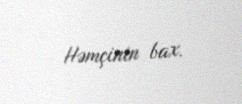
Həmçinin bax.